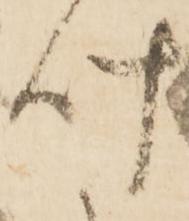
叶